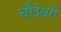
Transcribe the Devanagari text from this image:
चौदेश्वरी